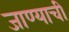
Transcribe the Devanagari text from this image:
जाण्‍याची